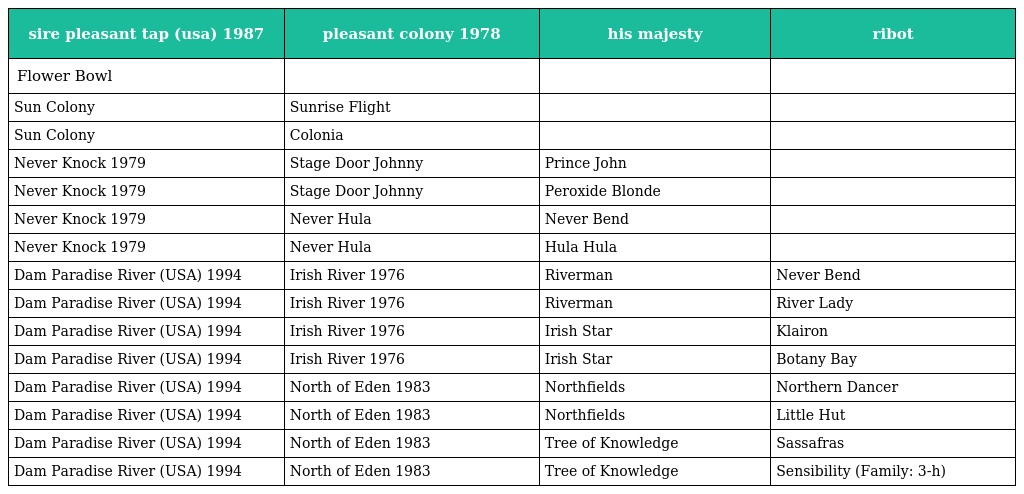
| sire pleasant tap (usa) 1987 | pleasant colony 1978 | his majesty | ribot |
 | --- | --- | --- | --- |
 | Flower Bowl |  |  |  |
 | Sun Colony | Sunrise Flight |  |  |
 | Sun Colony | Colonia |  |  |
 | Never Knock 1979 | Stage Door Johnny | Prince John |  |
 | Never Knock 1979 | Stage Door Johnny | Peroxide Blonde |  |
 | Never Knock 1979 | Never Hula | Never Bend |  |
 | Never Knock 1979 | Never Hula | Hula Hula |  |
 | Dam Paradise River (USA) 1994 | Irish River 1976 | Riverman | Never Bend |
 | Dam Paradise River (USA) 1994 | Irish River 1976 | Riverman | River Lady |
 | Dam Paradise River (USA) 1994 | Irish River 1976 | Irish Star | Klairon |
 | Dam Paradise River (USA) 1994 | Irish River 1976 | Irish Star | Botany Bay |
 | Dam Paradise River (USA) 1994 | North of Eden 1983 | Northfields | Northern Dancer |
 | Dam Paradise River (USA) 1994 | North of Eden 1983 | Northfields | Little Hut |
 | Dam Paradise River (USA) 1994 | North of Eden 1983 | Tree of Knowledge | Sassafras |
 | Dam Paradise River (USA) 1994 | North of Eden 1983 | Tree of Knowledge | Sensibility (Family: 3-h) |